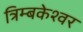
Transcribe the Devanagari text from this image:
त्रिम्बकेश्वर